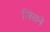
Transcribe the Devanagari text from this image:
जिंसने